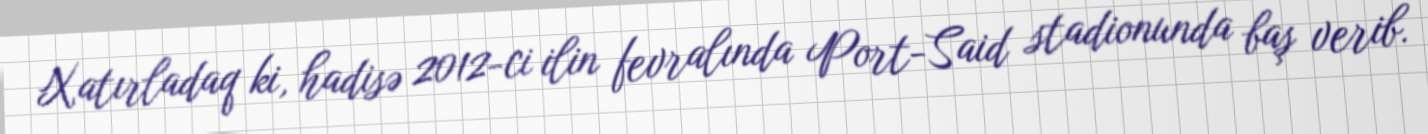
Xatırladaq ki, hadisə 2012-ci ilin fevralında Port-Said stadionunda baş verib.